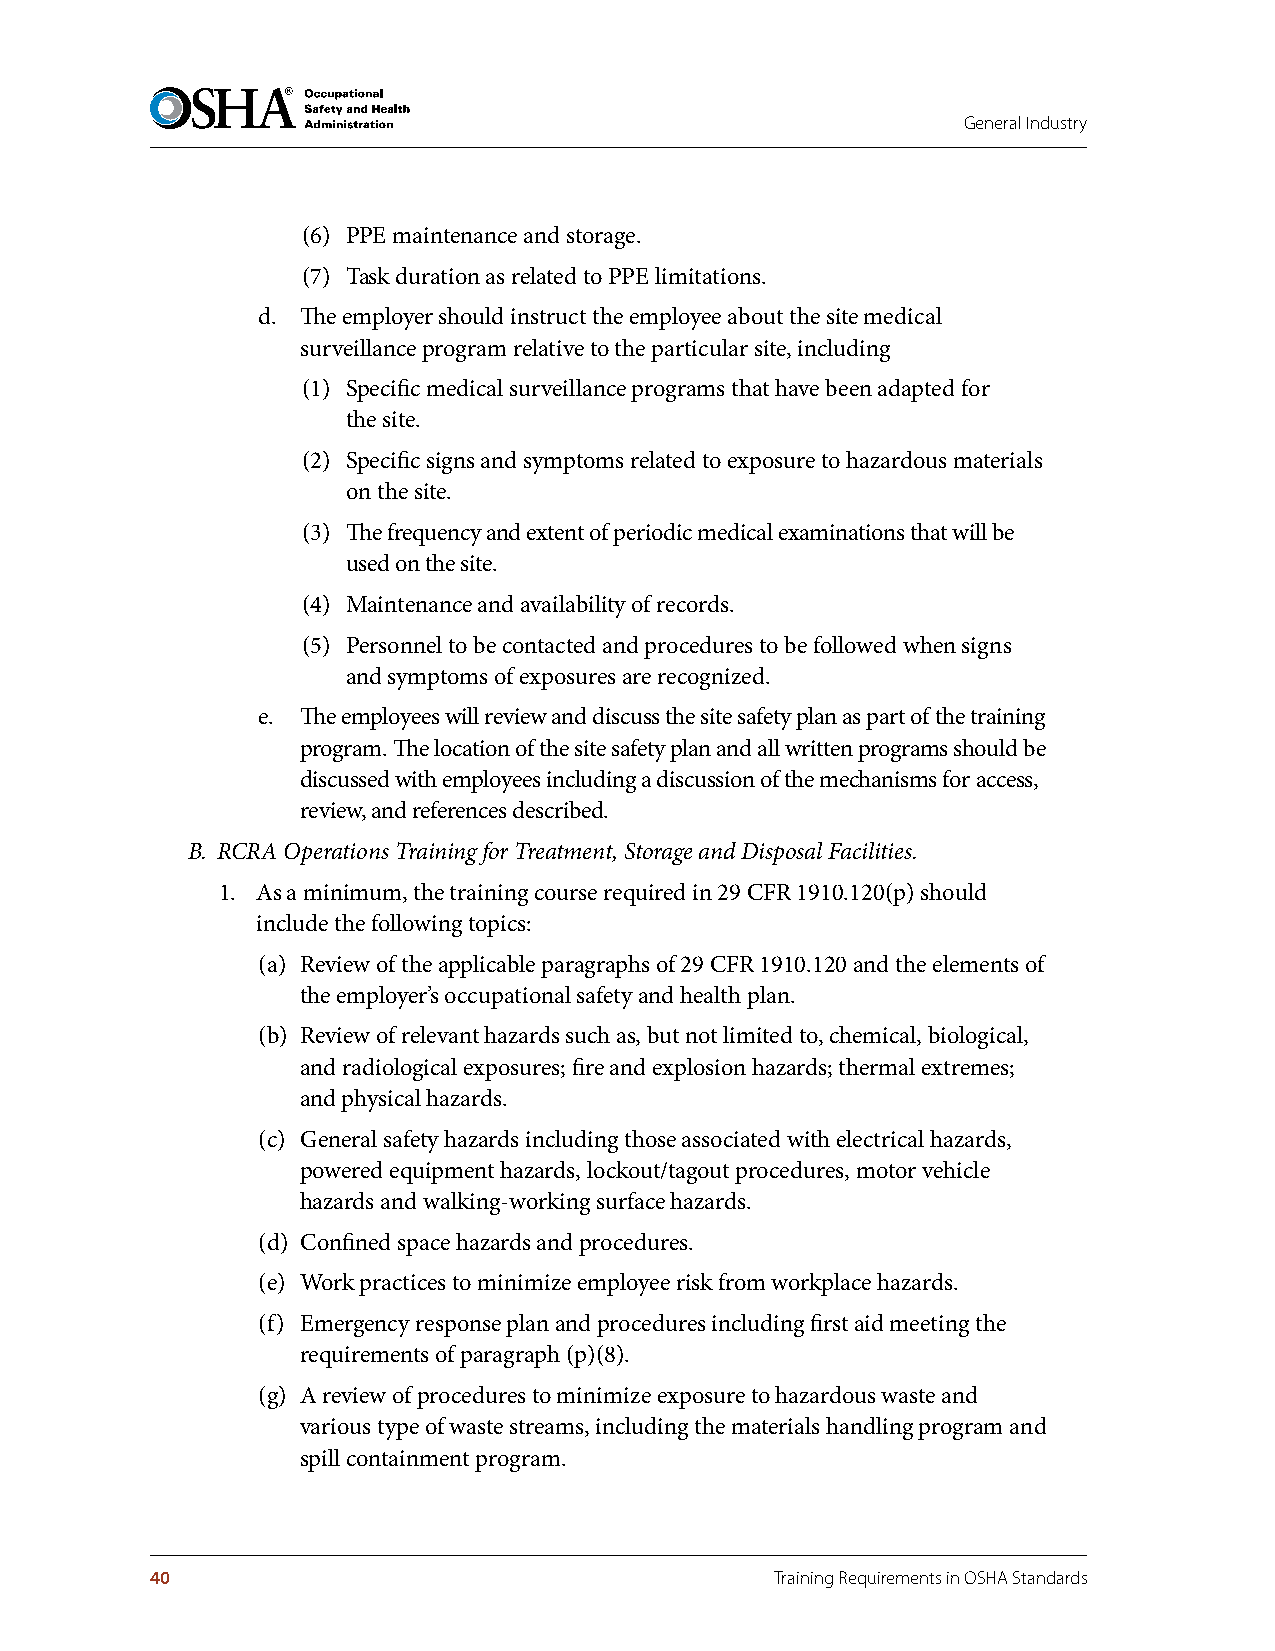
General Industry
 (6) PPE maintenance and storage.
 (7) Task duration as related to PPE limitations.
 d. The employer should instruct the employee about the site medical
 surveillance program relative to the particular site, including
 (1) Specific medical surveillance programs that have been adapted for
 the site.
 (2) Specific signs and symptoms related to exposure to hazardous materials
 on the site.
 (3) The frequency and extent of periodic medical examinations that will be
 used on the site.
 (4) Maintenance and availability of records.
 (5) Personnel to be contacted and procedures to be followed when signs
 and symptoms of exposures are recognized.
 e. The employees will review and discuss the site safety plan as part of the training
 program. The location of the site safety plan and all written programs should be
 discussed with employees including a discussion of the mechanisms for access,
 review, and references described.
 B. RCRA Operations Training for Treatment, Storage and Disposal Facilities.
 1. As a minimum, the training course required in 29 CFR 1910.120(p) should
 include the following topics:
 (a) Review of the applicable paragraphs of 29 CFR 1910.120 and the elements of
 the employer’s occupational safety and health plan.
 (b) Review of relevant hazards such as, but not limited to, chemical, biological,
 and radiological exposures; fire and explosion hazards; thermal extremes;
 and physical hazards.
 (c) General safety hazards including those associated with electrical hazards,
 powered equipment hazards, lockout/tagout procedures, motor vehicle
 hazards and walking-working surface hazards.
 (d) Confined space hazards and procedures.
 (e) Work practices to minimize employee risk from workplace hazards.
 (f) Emergency response plan and procedures including first aid meeting the
 requirements of paragraph (p)(8).
 (g) A review of procedures to minimize exposure to hazardous waste and
 various type of waste streams, including the materials handling program and
 spill containment program.
 40                                       Training Requirements in OSHA Standards